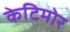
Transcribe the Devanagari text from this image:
केटिमोर